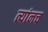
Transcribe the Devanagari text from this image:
त्यांनच